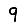
Digit: 9